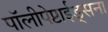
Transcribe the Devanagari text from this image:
पॉलीपेप्टाईड्सना